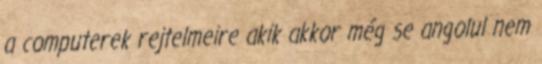
a computerek rejtelmeire akik akkor még se angolul nem